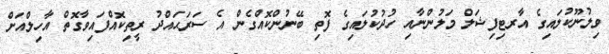
ވިލުނޫކުލައިގެ އާރޓިފިޝަލް މަލުންނާއި ހުދުކުލައިގެ ފޮތި ބޭނުންކޮއްގެން އެ ސަރަޙައްދު ރީތިކޮއްފައިވާގޮތް އާހިލްއަށް